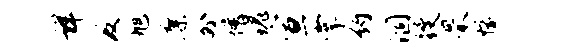
详及旭廖外增瑰宣掌约涸躞罘愉